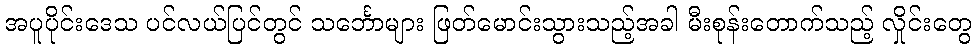
အပူပိုင်းဒေသ ပင်လယ်ပြင်တွင် သင်္ဘောများ ဖြတ်မောင်းသွားသည့်အခါ မီးစုန်းတောက်သည့် လှိုင်းတွေ